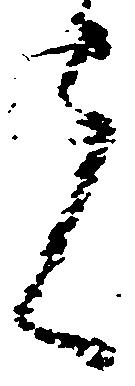
者